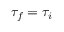
\tau _ { f } = \tau _ { i }